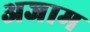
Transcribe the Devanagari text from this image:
अजाम